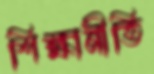
শিক্ষানীতি